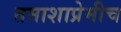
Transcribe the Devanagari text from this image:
तमाशाप्रेमीच